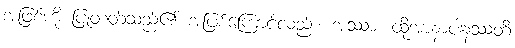
အဖြစ်ကို ပြုတတ်သည်၏ အဖြစ်ကြောင့်လည်း။ အဿာ၊ ထိုအာနာပါနဿတိ